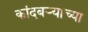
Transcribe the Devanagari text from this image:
कांदबऱ्याच्या